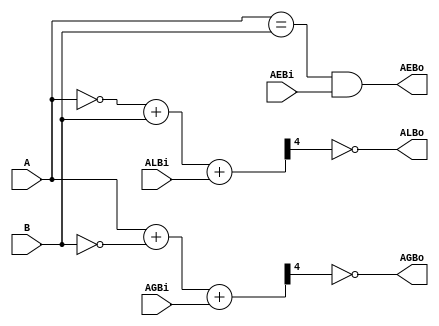
/* -----------------------------------------------------------------
 *  Arquivo   : comparador_85.v
 *  Projeto   : Experiencia 7
 * -----------------------------------------------------------------
 * Descricao : comparador de magnitude de 4 bits 
 *             similar ao CI 7485
 *             baseado em descricao comportamental disponivel em	
 * https://web.eecs.umich.edu/~jhayes/iscas.restore/74L85b.v
 */

module comparador_85 (ALBi, AGBi, AEBi, A, B, ALBo, AGBo, AEBo);

    input[3:0] A, B;
    input      ALBi, AGBi, AEBi;
    output     ALBo, AGBo, AEBo;
    wire[4:0]  CSL, CSG;

    assign CSL  = ~A + B + ALBi;
    assign ALBo = ~CSL[4];
    assign CSG  = A + ~B + AGBi;
    assign AGBo = ~CSG[4];
    assign AEBo = ((A == B) && AEBi);

endmodule /* comparador_85 */